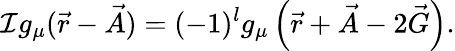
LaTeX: \mathcal{I}g_{\mu}(\vec{r}-\vec{A})=(-1)^{l}g_{\mu}\left(\vec{r}+\vec{A}-2\vec{G}\right).